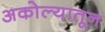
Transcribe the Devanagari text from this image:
अकोल्यातून